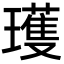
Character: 瓁